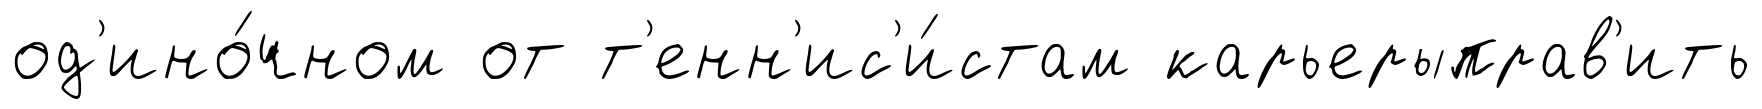
од'ино́чном от т'енн'ис'и́стам карьерыправ'ить